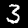
Digit: 3